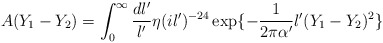
\begin{align*}A(Y_1-Y_2)=\int_0^{\infty}\frac{dl^{\prime}}{l^{\prime}}\eta(il^{\prime})^{-24}\exp\{-\frac{1}{2\pi\alpha^{\prime}}l^{\prime}(Y_1-Y_2)^2\}\end{align*}